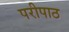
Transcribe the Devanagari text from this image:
परीपाठ